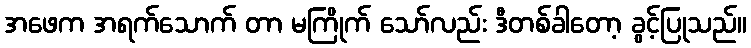
အဖေက အရက်သောက် တာ မကြိုက် သော်လည်း ဒီတစ်ခါတော့ ခွင့်ပြုသည်။